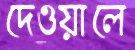
দেওয়ালে